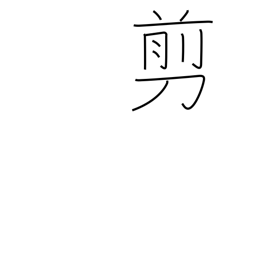
Meaning: snip